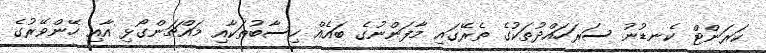
ކަރަންޓް ކެނޑުނު ސަރަހައްދުތަކުގެ ތެރޭގައި މާފަންނުގެ ބައެއް ހިސާބުތަކާއި މައްޗަންގޯޅި އާއި ހޭންވޭރުގެ